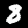
Label: 8